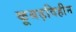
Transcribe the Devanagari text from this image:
कूबड़विहीन